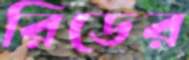
রিডের